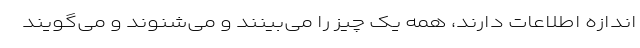
اندازه اطلاعات دارند، همه یک چیز را می‌بینند و می‌شنوند و می‌گویند